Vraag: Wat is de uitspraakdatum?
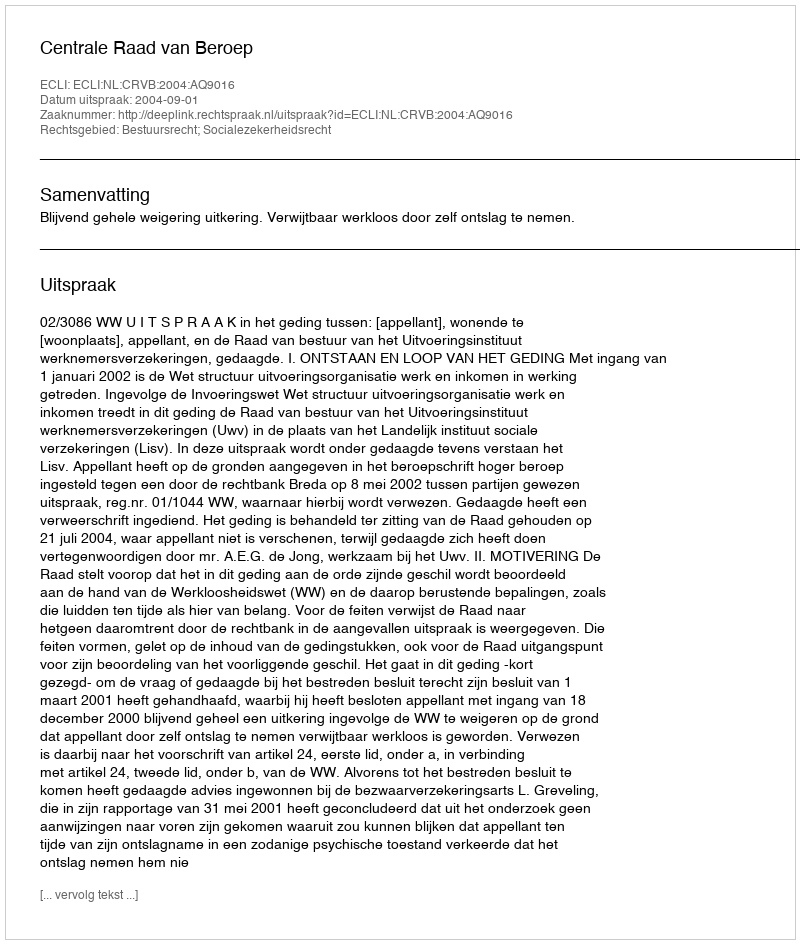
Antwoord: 2004-09-01